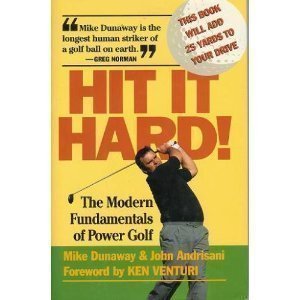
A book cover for Hit It Hard! the Modern Fundamentals of Power Golf; Mike Dunaway; Sports & Outdoors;